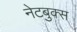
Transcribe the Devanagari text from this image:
नेटबुक्स